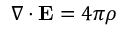
\nabla \cdot \mathbf { E } = 4 \pi \rho